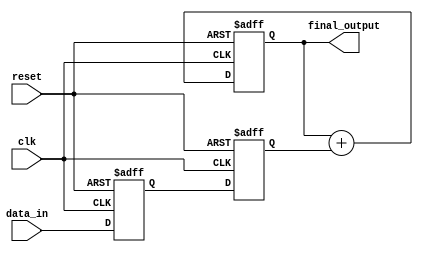
module Pipeline_accumulator(
    input wire clk,
    input wire reset,
    input wire [7:0] data_in,
    output wire [15:0] final_output
);

reg [15:0] accumulator;
reg [7:0] data;
reg [7:0] prev_data;

always @(posedge clk or posedge reset) begin
    if (reset) begin
        accumulator <= 16'd0;
        data <= 8'd0;
        prev_data <= 8'd0;
    end else begin
        prev_data <= data;
        data <= data_in;
        accumulator <= accumulator + prev_data;
    end
end

assign final_output = accumulator;

endmodule